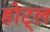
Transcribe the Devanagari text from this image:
होट्ल